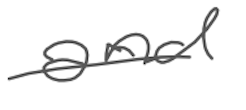
Text: and
Cross-out: single-line
Writing tool: digital_gray